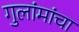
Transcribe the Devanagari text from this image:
गुलांमांचा